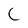
Character: C